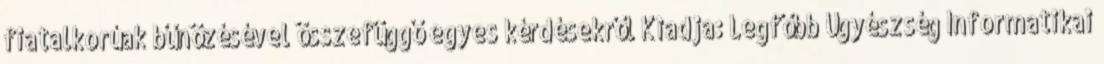
fiatalkorúak bűnözésével összefüggő egyes kérdésekről Kiadja: Legfőbb Ügyészség Informatikai